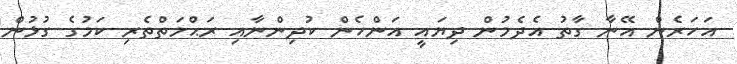
އަހަރެން އޭނާ ގާތު އެދެމުން ދިޔައީ އަންހެން ކުދިންނާއި ރަޙްމަތްތެރި ކަމުގެ ގުޅުން